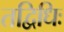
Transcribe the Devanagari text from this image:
तद्विधिः